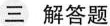
三 解答题